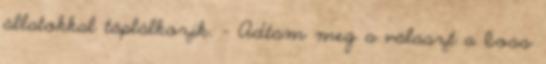
állatokkal táplálkozik. – Adtam meg a választ a boss